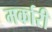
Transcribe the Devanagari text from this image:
मर्कारी